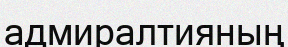
адмиралтияның